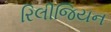
રિલીજિયન